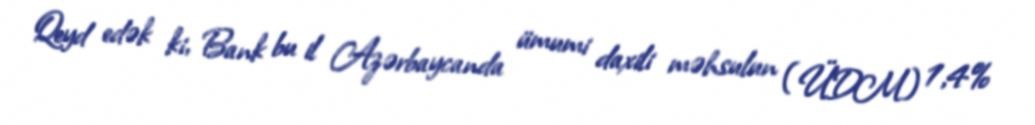
Qeyd edək ki, Bank bu il Azərbaycanda ümumi daxili məhsulun (ÜDM) 1,4%